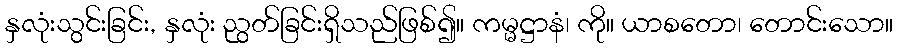
နှလုံးသွင်းခြင်း, နှလုံး ညွတ်ခြင်းရှိသည်ဖြစ်၍။ ကမ္မဋ္ဌာနံ၊ ကို။ ယာစတော၊ တောင်းသော။